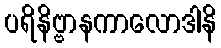
ပရိနိဗ္ဗာနကာလောဒါနိ